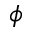
\phi